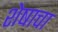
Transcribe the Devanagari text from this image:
शेषाचा